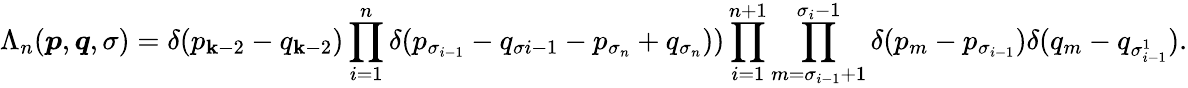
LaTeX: \Lambda_{n}(\boldsymbol{p},\boldsymbol{q},\sigma)=\delta(p_{\mathbf{k}-2}-q_{\mathbf{k}-2})\prod_{i=1}^{n}\delta(p_{\sigma_{i-1}}-q_{\sigma{i-1}}-p_{\sigma_{n}}+q_{\sigma_{n}}))\prod_{i=1}^{n+1}\prod_{m=\sigma_{i-1}+1}^{\sigma_{i}-1}\delta(p_{m}-p_{\sigma_{i-1}})\delta(q_{m}-q_{\sigma_{i-1}^{1}}).